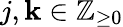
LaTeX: j,\mathbf{k}\in\mathbb{{Z}}_{\geq0}